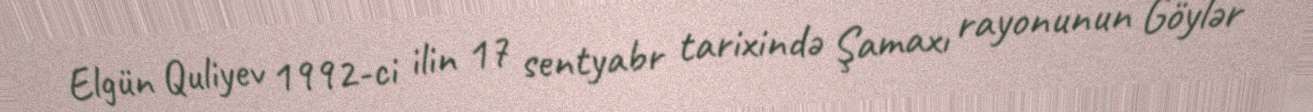
Elgün Quliyev 1992-ci ilin 17 sentyabr tarixində Şamaxı rayonunun Göylər